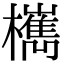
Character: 㰎